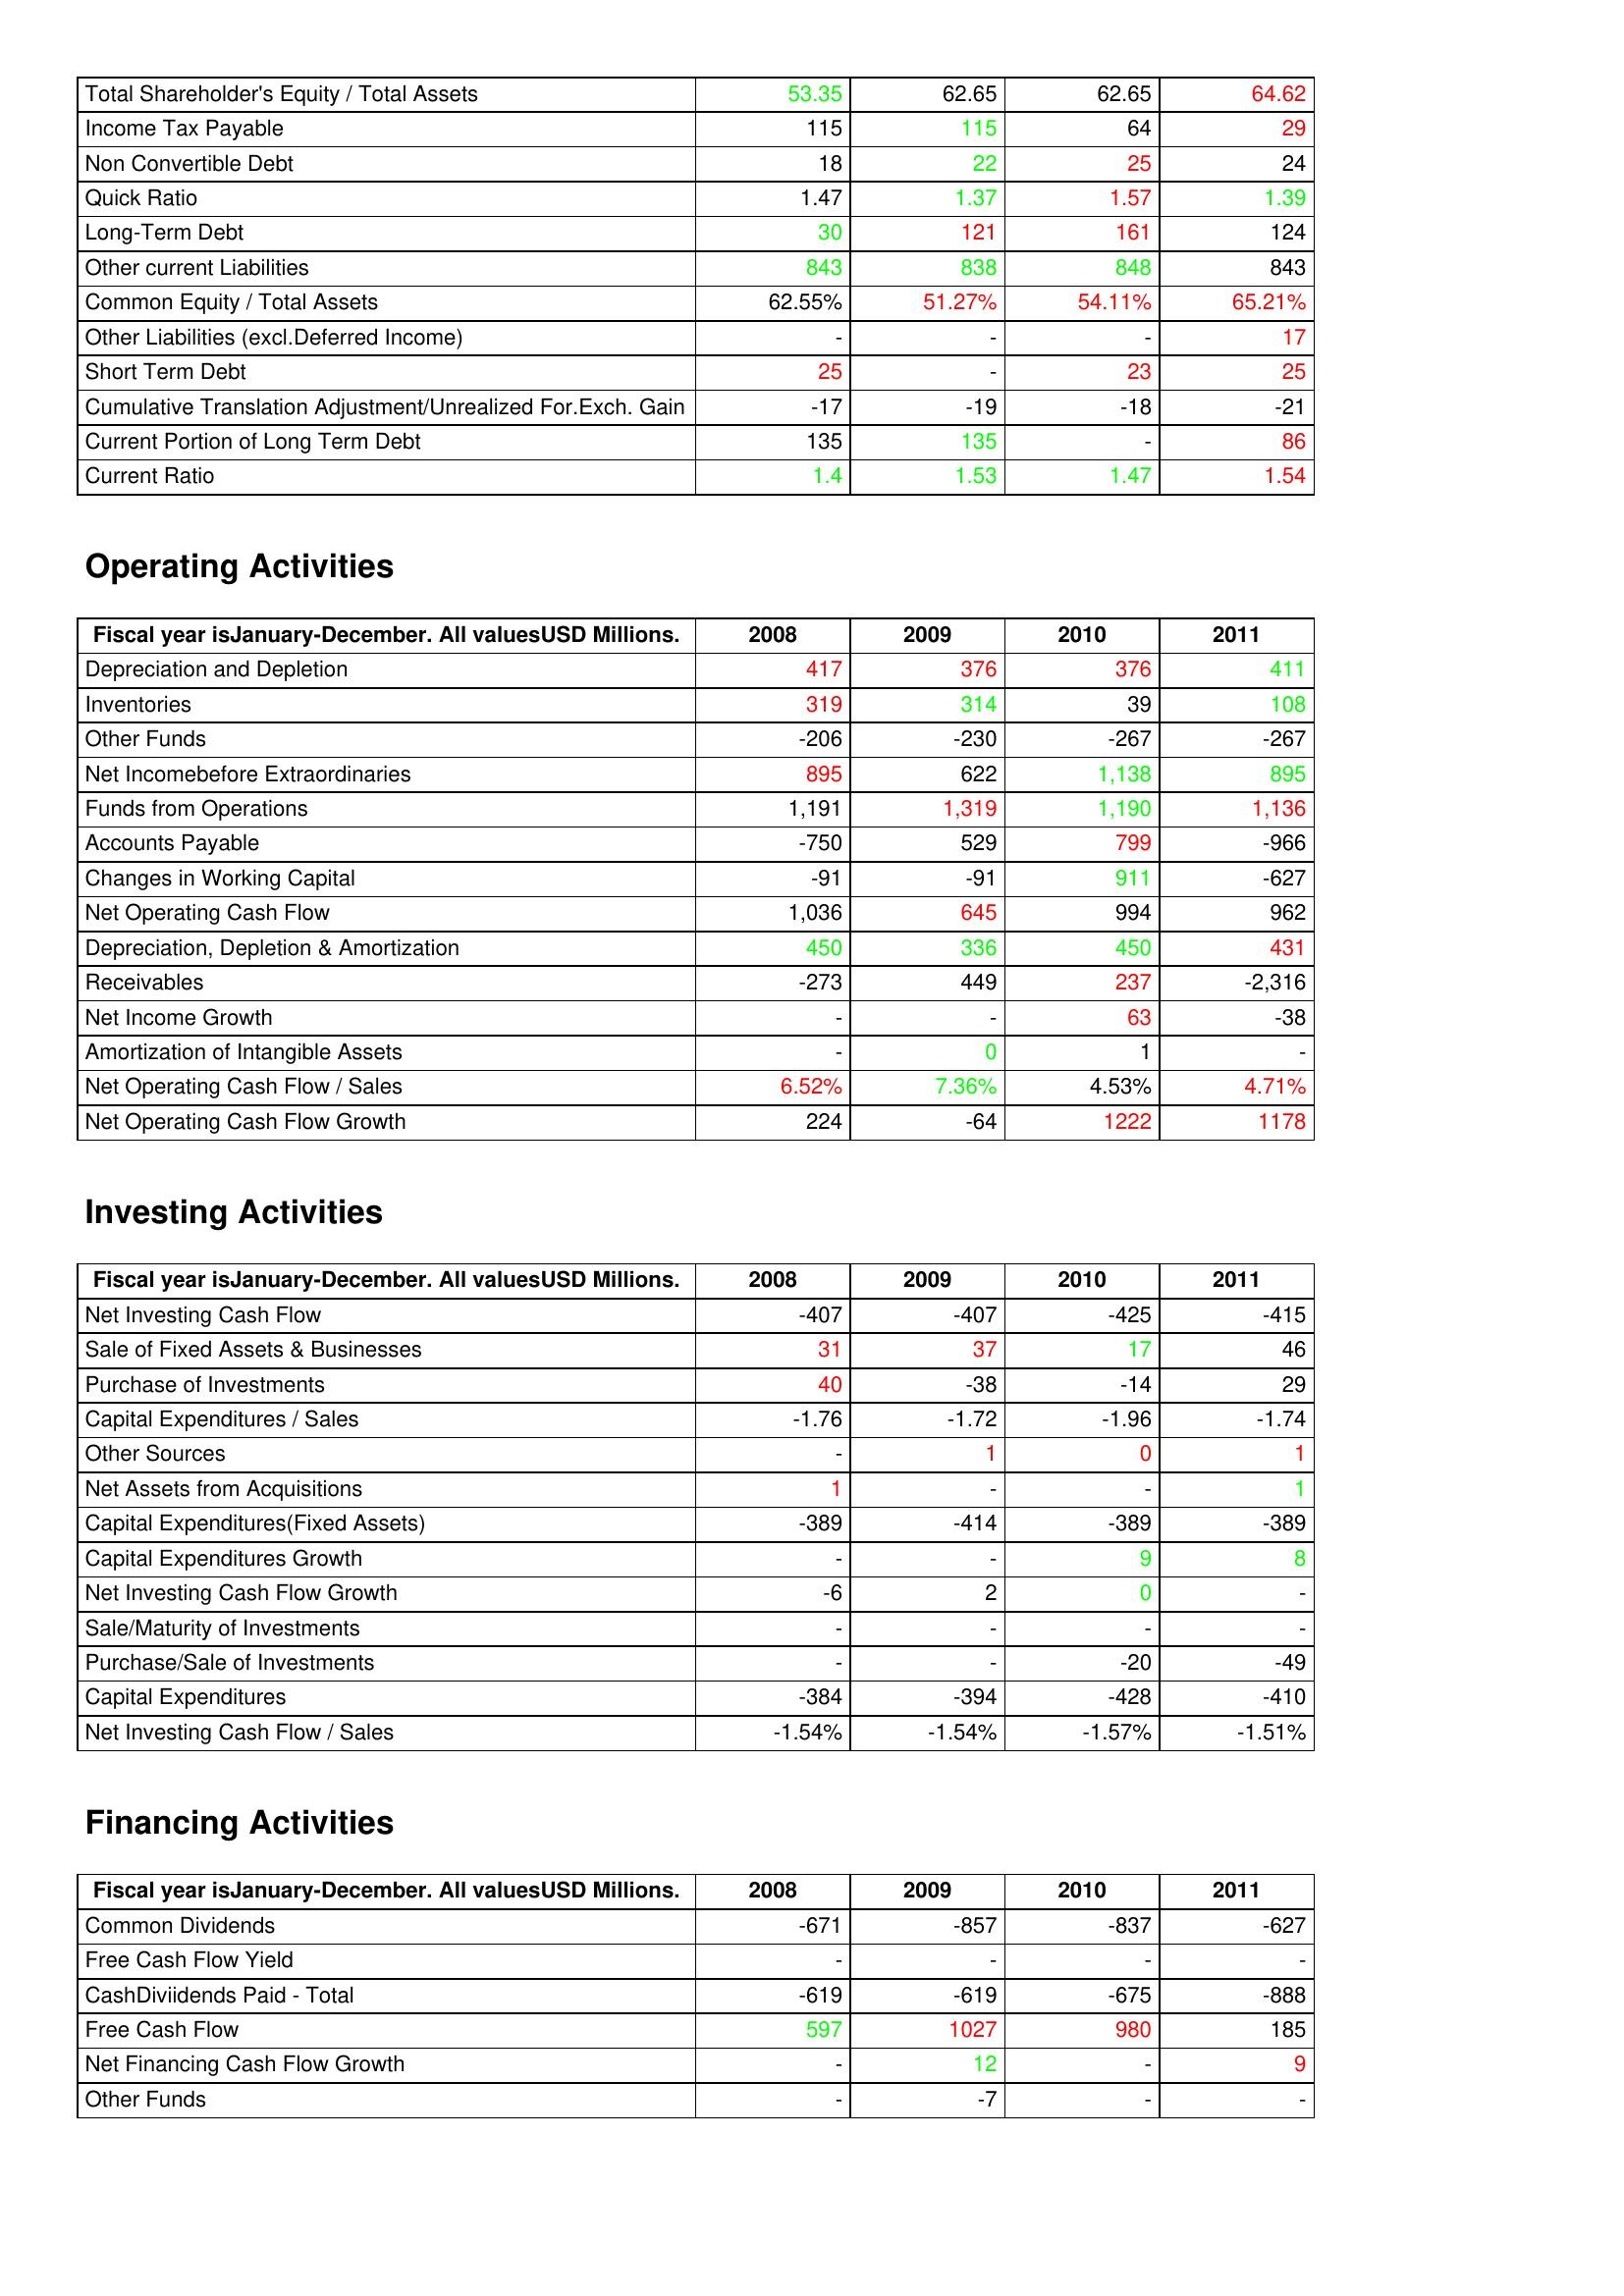
gt_parse: 2008: Liabilities & Shareholder's Equity: Total Shareholder's Equity / Total Assets: 53.35
Income Tax Payable: 115
Non Convertible Debt: 18
Quick Ratio: 1.47
Long-Term Debt: 30
Other current Liabilities: 843
Common Equity / Total Assets: 62.55%
Other Liabilities (excl.Deferred Income): -
Short Term Debt: 25
Cumulative Translation Adjustment/Unrealized For.Exch. Gain: -17
Current Portion of Long Term Debt: 135
Current Ratio: 1.4
Operating Activities: Depreciation and Depletion: 417
Inventories: 319
Other Funds: -206
Net Incomebefore Extraordinaries: 895
Funds from Operations: 1,191
Accounts Payable: -750
Changes in Working Capital: -91
Net Operating Cash Flow: 1,036
Depreciation, Depletion & Amortization: 450
Receivables: -273
Net Income Growth: -
Amortization of Intangible Assets: -
Net Operating Cash Flow / Sales: 6.52%
Net Operating Cash Flow Growth: 224
Investing Activities: Net Investing Cash Flow: -407
Sale of Fixed Assets & Businesses: 31
Purchase of Investments: 40
Capital Expenditures / Sales: -1.76
Other Sources: -
Net Assets from Acquisitions: 1
Capital Expenditures(Fixed Assets): -389
Capital Expenditures Growth: -
Net Investing Cash Flow Growth: -6
Sale/Maturity of Investments: -
Purchase/Sale of Investments: -
Capital Expenditures: -384
Net Investing Cash Flow / Sales: -1.54%
Financing Activities: Common Dividends: -671
Free Cash Flow Yield: -
CashDiviidends Paid - Total: -619
Free Cash Flow: 597
Net Financing Cash Flow Growth: -
Other Funds: -
2009: Liabilities & Shareholder's Equity: Total Shareholder's Equity / Total Assets: 62.65
Income Tax Payable: 115
Non Convertible Debt: 22
Quick Ratio: 1.37
Long-Term Debt: 121
Other current Liabilities: 838
Common Equity / Total Assets: 51.27%
Other Liabilities (excl.Deferred Income): -
Short Term Debt: -
Cumulative Translation Adjustment/Unrealized For.Exch. Gain: -19
Current Portion of Long Term Debt: 135
Current Ratio: 1.53
Operating Activities: Depreciation and Depletion: 376
Inventories: 314
Other Funds: -230
Net Incomebefore Extraordinaries: 622
Funds from Operations: 1,319
Accounts Payable: 529
Changes in Working Capital: -91
Net Operating Cash Flow: 645
Depreciation, Depletion & Amortization: 336
Receivables: 449
Net Income Growth: -
Amortization of Intangible Assets: 0
Net Operating Cash Flow / Sales: 7.36%
Net Operating Cash Flow Growth: -64
Investing Activities: Net Investing Cash Flow: -407
Sale of Fixed Assets & Businesses: 37
Purchase of Investments: -38
Capital Expenditures / Sales: -1.72
Other Sources: 1
Net Assets from Acquisitions: -
Capital Expenditures(Fixed Assets): -414
Capital Expenditures Growth: -
Net Investing Cash Flow Growth: 2
Sale/Maturity of Investments: -
Purchase/Sale of Investments: -
Capital Expenditures: -394
Net Investing Cash Flow / Sales: -1.54%
Financing Activities: Common Dividends: -857
Free Cash Flow Yield: -
CashDiviidends Paid - Total: -619
Free Cash Flow: 1027
Net Financing Cash Flow Growth: 12
Other Funds: -7
2010: Liabilities & Shareholder's Equity: Total Shareholder's Equity / Total Assets: 62.65
Income Tax Payable: 64
Non Convertible Debt: 25
Quick Ratio: 1.57
Long-Term Debt: 161
Other current Liabilities: 848
Common Equity / Total Assets: 54.11%
Other Liabilities (excl.Deferred Income): -
Short Term Debt: 23
Cumulative Translation Adjustment/Unrealized For.Exch. Gain: -18
Current Portion of Long Term Debt: -
Current Ratio: 1.47
Operating Activities: Depreciation and Depletion: 376
Inventories: 39
Other Funds: -267
Net Incomebefore Extraordinaries: 1,138
Funds from Operations: 1,190
Accounts Payable: 799
Changes in Working Capital: 911
Net Operating Cash Flow: 994
Depreciation, Depletion & Amortization: 450
Receivables: 237
Net Income Growth: 63
Amortization of Intangible Assets: 1
Net Operating Cash Flow / Sales: 4.53%
Net Operating Cash Flow Growth: 1222
Investing Activities: Net Investing Cash Flow: -425
Sale of Fixed Assets & Businesses: 17
Purchase of Investments: -14
Capital Expenditures / Sales: -1.96
Other Sources: 0
Net Assets from Acquisitions: -
Capital Expenditures(Fixed Assets): -389
Capital Expenditures Growth: 9
Net Investing Cash Flow Growth: 0
Sale/Maturity of Investments: -
Purchase/Sale of Investments: -20
Capital Expenditures: -428
Net Investing Cash Flow / Sales: -1.57%
Financing Activities: Common Dividends: -837
Free Cash Flow Yield: -
CashDiviidends Paid - Total: -675
Free Cash Flow: 980
Net Financing Cash Flow Growth: -
Other Funds: -
2011: Liabilities & Shareholder's Equity: Total Shareholder's Equity / Total Assets: 64.62
Income Tax Payable: 29
Non Convertible Debt: 24
Quick Ratio: 1.39
Long-Term Debt: 124
Other current Liabilities: 843
Common Equity / Total Assets: 65.21%
Other Liabilities (excl.Deferred Income): 17
Short Term Debt: 25
Cumulative Translation Adjustment/Unrealized For.Exch. Gain: -21
Current Portion of Long Term Debt: 86
Current Ratio: 1.54
Operating Activities: Depreciation and Depletion: 411
Inventories: 108
Other Funds: -267
Net Incomebefore Extraordinaries: 895
Funds from Operations: 1,136
Accounts Payable: -966
Changes in Working Capital: -627
Net Operating Cash Flow: 962
Depreciation, Depletion & Amortization: 431
Receivables: -2,316
Net Income Growth: -38
Amortization of Intangible Assets: -
Net Operating Cash Flow / Sales: 4.71%
Net Operating Cash Flow Growth: 1178
Investing Activities: Net Investing Cash Flow: -415
Sale of Fixed Assets & Businesses: 46
Purchase of Investments: 29
Capital Expenditures / Sales: -1.74
Other Sources: 1
Net Assets from Acquisitions: 1
Capital Expenditures(Fixed Assets): -389
Capital Expenditures Growth: 8
Net Investing Cash Flow Growth: -
Sale/Maturity of Investments: -
Purchase/Sale of Investments: -49
Capital Expenditures: -410
Net Investing Cash Flow / Sales: -1.51%
Financing Activities: Common Dividends: -627
Free Cash Flow Yield: -
CashDiviidends Paid - Total: -888
Free Cash Flow: 185
Net Financing Cash Flow Growth: 9
Other Funds: -